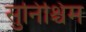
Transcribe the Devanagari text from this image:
सुनिश्चिम